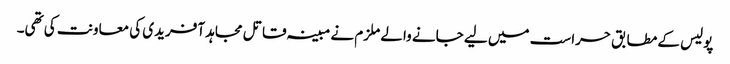
پولیس کے مطابق حراست میں لیے جانے والے ملزم نے مبینہ قاتل مجاہد آفریدی کی معاونت کی تھی۔